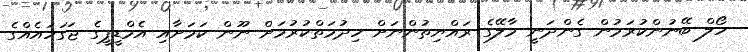
ހޯލް ބޭނުންކުރަމުން ގެންދަނީ މާލޭގެ ރައްޔިތުންނަށް ހިދުމަތްކުރުމަށް ނޫން ކަމަށާއި އެމްޑީޕީގެ ޖަގަހައެއްގެ